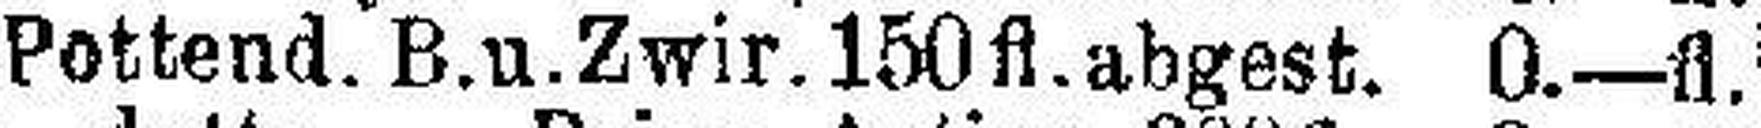
Pottend. B.u.Zwir.150fl. abgest. 0.—fl.